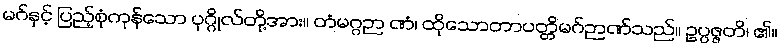
မဂ်နှင့် ပြည့်စုံကုန်သော ပုဂ္ဂိုလ်တို့အား။ တံမဂ္ဂဉာ ဏံ၊ ထိုသောတာပတ္တိမဂ်ဉာဏ်သည်။ ဥပ္ပဇ္ဇတိ၊ ၏။